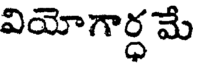
వియోగార్ధ మే